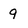
Character: 9